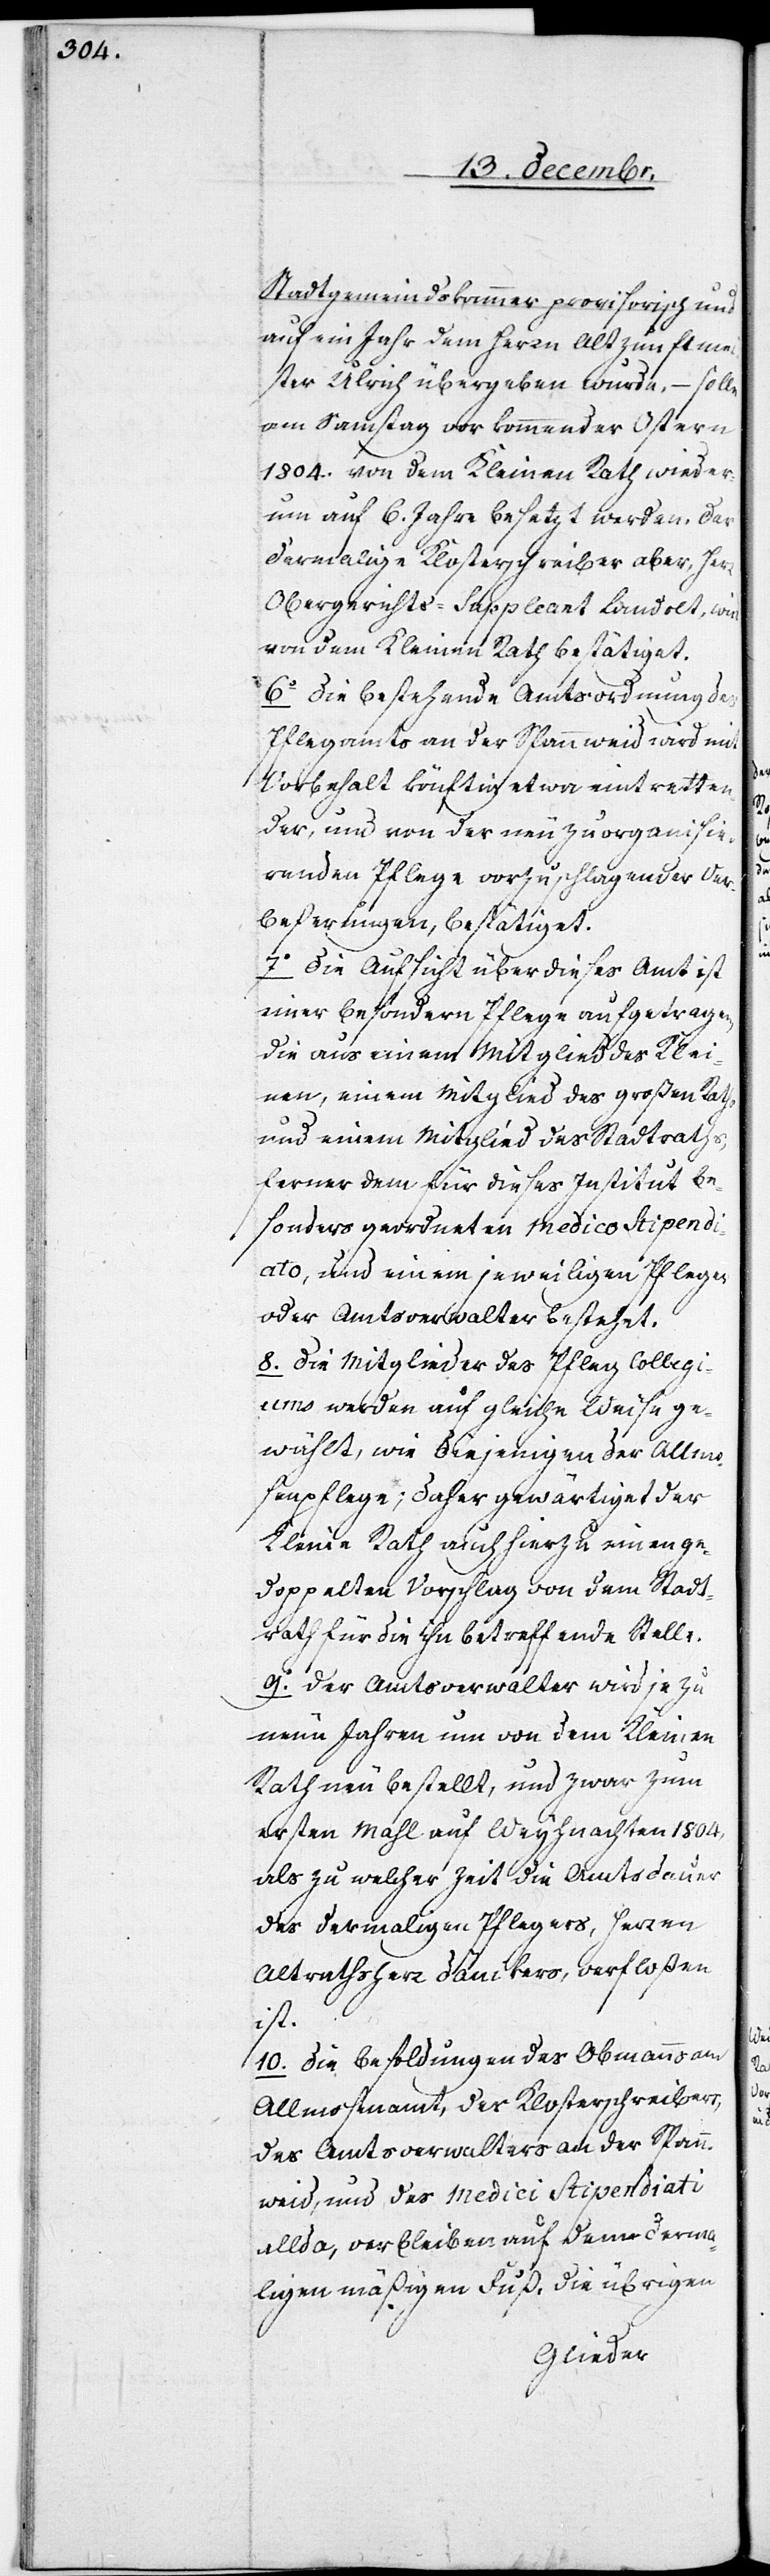
Stadtgemeindskammer provisorisch und
auf ein Jahr dem Herrn Altzunftme¬
ister Ulrich übergeben wurde, – solle
am Samstag vor kommender Ostern
1804. von dem Kleinen Rath wieder¬
um auf 6. Jahre besetzt werden. Der
dermalige Klosterschreiber aber, Herr
Obergerichts-Suppleant Landolt, wird
von dem Kleinen Rath bestätiget.
6. Die bestehende Amtsordnung des
Pflegamts an der Spannweid wird mit
Vorbehalt künftig etwa eintretten¬
der, und von der neu zu organisie¬
renden Pflege vorzuschlagender Ver¬
beßerungen, bestätiget.
7. Die Aufsicht über dieses Amt ist
einer besondern Pflege aufgetragen,
die aus einem Mitglied des Klei¬
nen, einem Mitglied des großen Raths
und einem Mitglied des Stadtraths,
ferner dem für dieses Institut be¬
sonders geordneten Medico Stipendi¬
ato, und einem jeweiligen Pfleger
oder Amtsverwalter bestehet.
8. Die Mitglieder des Pfleg[-]Collegi¬
ums werden auf gleiche Weise ge¬
wählt, wie diejenigen der Allmo¬
senpflege; daher gewärtiget der
Kleine Rath auch hierzu einen ge¬
doppelten Vorschlag von dem Stadt¬
rath für die betreffende Stelle.
9. Der Amtsverwalter wird je zu
neun Jahren um von dem Kleinen
Rath neu bestellt, und zwar zum
ersten Mahl auf Weyhnachten 1804,
als zu welcher Zeit die Amtsdauer
des dermaligen Pflegers, Herren
Altrathsherr Dänikers, verfloßen
ist.
10. Die Besoldungen des Obmanns am
Allmosenamt, des Klosterschreibers,
des Amtsverwalters an der Spann¬
weid, und des Medici Stipendiati
allda, verbleiben auf dem dermah¬
ligen mäßigen Fuß, die übrigen